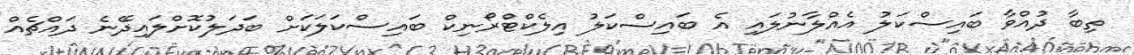
ތިބާ ދުއްވާ ބައިސްކަލު އެއްލާނުލައި އެ ބައިސްކަލު އިލެކްޓްރޯނިކް ބައިސްކަލަކަށް ބަދަލުކޮށްލައިދޭނެ ދައްޗެއް